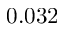
0 . 0 3 2